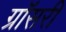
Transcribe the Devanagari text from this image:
ग्रॉसरी